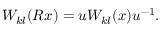
W _ { k l } ( R x ) = u W _ { k l } ( x ) u ^ { - 1 } .